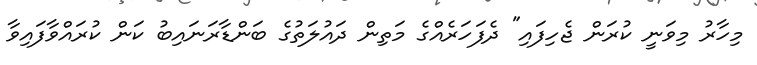
މިހާރު މިވަނީ ކުރަން ޖެހިފައި" ދެފަހަރެއްގެ މަތިން ދައުލަތުގެ ބަންޑާރަނައިބު ކަން ކުރައްވާފައިވާ